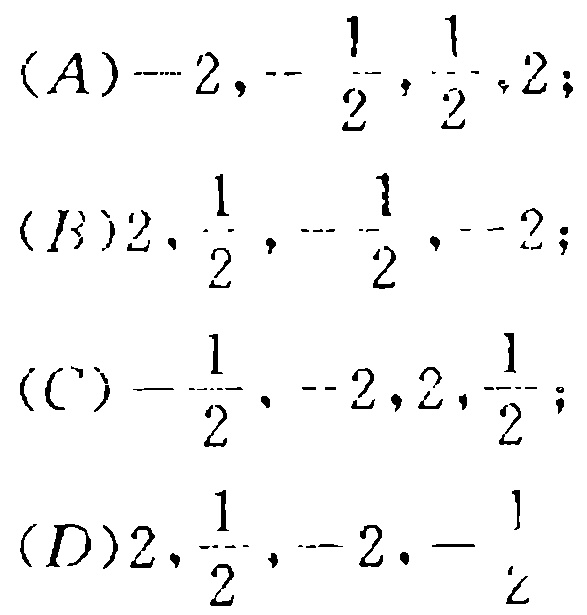
(A)$-2,-\frac{1}{2},\frac{1}{2},2;$
(B)$2,\frac{1}{2},-\frac{1}{2},-2;$
(C)$-\frac{1}{2},-2,2,\frac{1}{2};$
(D)$2,\frac{1}{2},-2,-\frac{1}{2}$